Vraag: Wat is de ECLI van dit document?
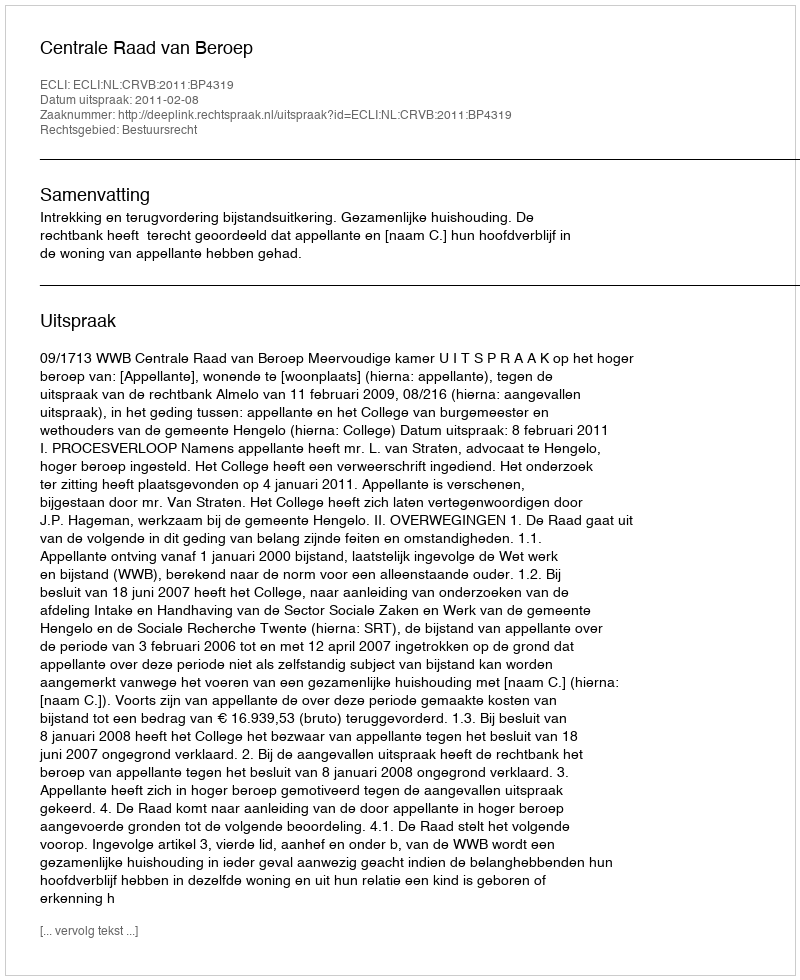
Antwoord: ECLI:NL:CRVB:2011:BP4319